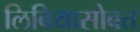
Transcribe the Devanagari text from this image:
लिबियासोबत